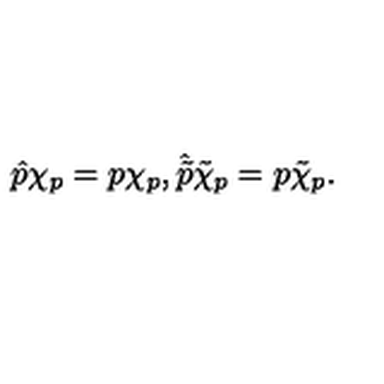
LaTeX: \hat { p } \chi _ { p } = p \chi _ { p } , \hat { \tilde { p } } \tilde { \chi } _ { p } = p \tilde { \chi } _ { p } .